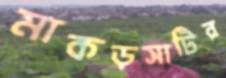
মাকড়সাটির